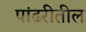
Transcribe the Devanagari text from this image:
पांढरीतील